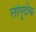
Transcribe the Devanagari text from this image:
लांगूदोक